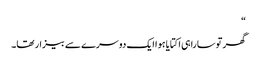
“
گھر توسارا ہی اکتایا ہوا ایک دوسرے سے بیزار تھا۔